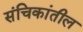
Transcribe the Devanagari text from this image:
संचिकांतील